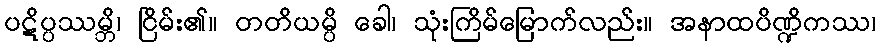
ပဋိပ္ပဿမ္ဘိ၊ ငြိမ်း၏။ တတိယမ္ပိ ခေါ၊ သုံးကြိမ်မြောက်လည်း။ အနာထပိဏ္ဍိကဿ၊